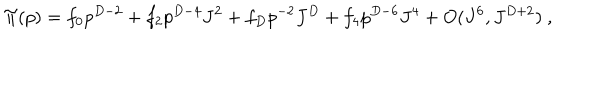
\Pi ( p ) = f _ { 0 } p ^ { D - 2 } + f _ { 2 } p ^ { D - 4 } J ^ { 2 } + f _ { D } p ^ { - 2 } J ^ { D } + f _ { 4 } p ^ { D - 6 } J ^ { 4 } + O ( J ^ { 6 } , J ^ { D + 2 } ) \ ,